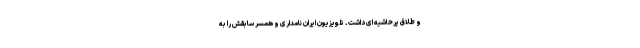
و طلاق پرحاشیه ای داشت. تلویزیون ایران نامداری و همسر سابقش را به